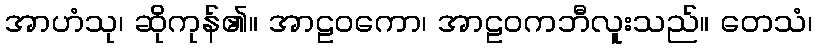
အာဟံသု၊ ဆိုကုန်၏။ အာဠဝကော၊ အာဠဝကဘီလူးသည်။ တေသံ၊